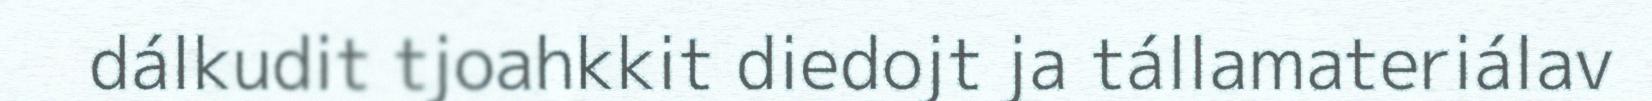
dálkudit tjoahkkit diedojt ja tállamateriálav